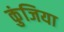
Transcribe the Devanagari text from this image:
कुंजिया